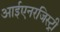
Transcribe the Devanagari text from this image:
आईएनरजिस्ट्री